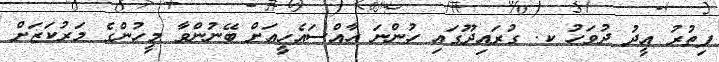
ފިތުރު އީދު ދުވަހު ކ. ގުރައިދޫގައި ހުންނަ ހާއްސައެހީއަށް ބޭނުންވާ މީހުންގެ މަރުކަޒަށް